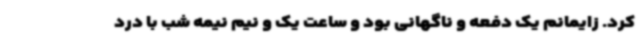
کرد. زایمانم یک دفعه و ناگهانی بود و ساعت یک و نیم نیمه شب با درد